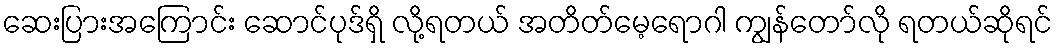
ဆေးပြားအကြောင်း ဆောင်ပုဒ်ရှိ လို့ရတယ် အတိတ်မေ့ရောဂါ ကျွန်တော်လို ရတယ်ဆိုရင်